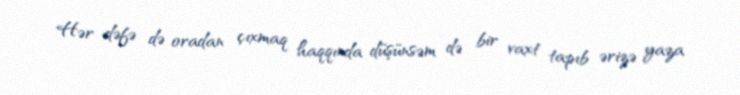
Hər dəfə də oradan çıxmaq haqqında düşünsəm də bir vaxt tapıb ərizə yaza